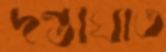
দন্তাঘাত